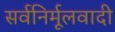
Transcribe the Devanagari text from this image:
सर्वनिर्मूलवादी